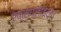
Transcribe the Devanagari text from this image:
एक्सप्लॉइट्स